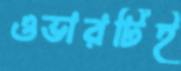
ওভারটিই